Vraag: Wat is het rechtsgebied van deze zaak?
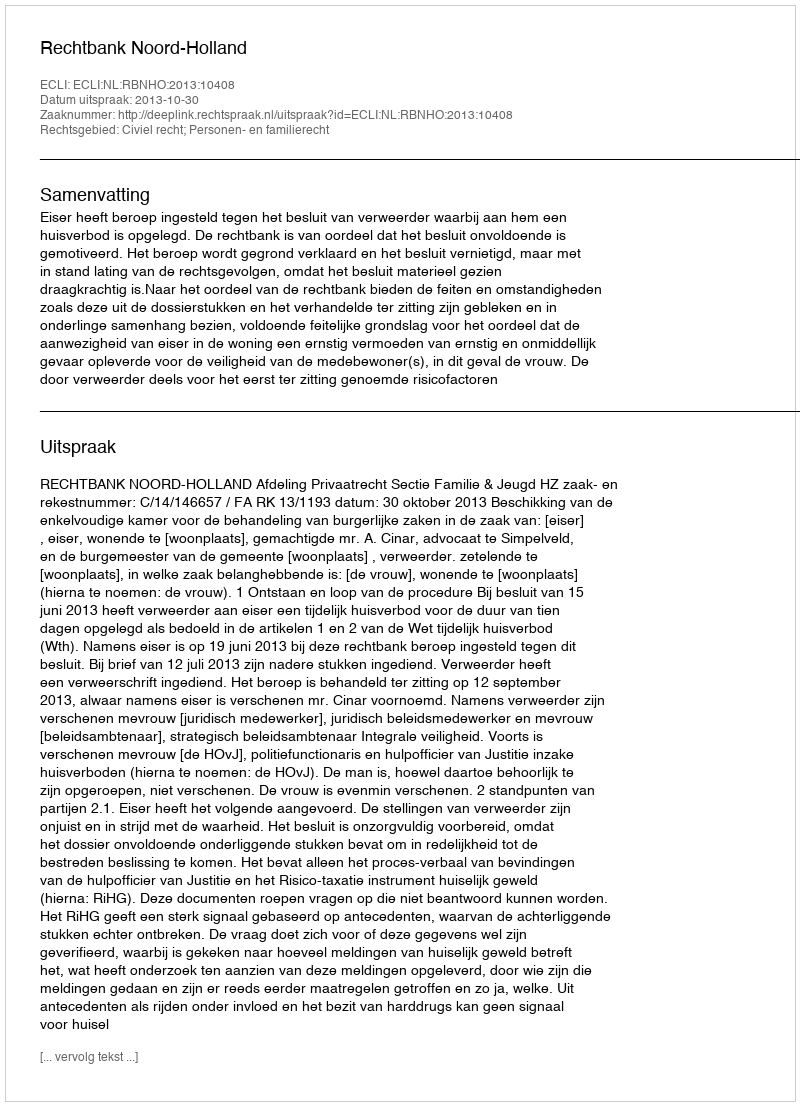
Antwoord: Civiel recht; Personen- en familierecht